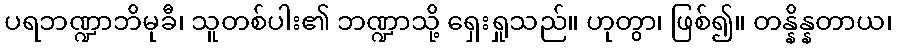
ပရဘဏ္ဍာဘိမုခီ၊ သူတစ်ပါး၏ ဘဏ္ဍာသို့ ရှေးရှုသည်။ ဟုတွာ၊ ဖြစ်၍။ တန္နိန္နတာယ၊